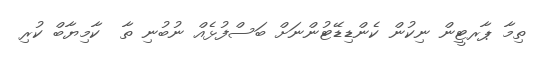
ތިމާ ޕާރޓީން ނިކުން ކެންޑިޑޭޓުންނަށް ބަސްފުޅެއް ނުބުނި ތާ  ކާމިޔާބް ކުރި